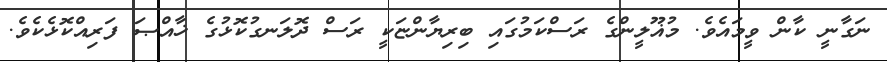
ނަގާނީ ކާން ވީމައެވެ. މުޣޫލީންގެ ރަސްކަމުގައި ބިރިޔާންޏަކީ ރަސް ދޮލަނގުކޮޅުގެ ޚާއްޞަ ފަރިއްކޮޅެކެވެ.